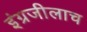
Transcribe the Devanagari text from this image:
इंग्रजीलाच